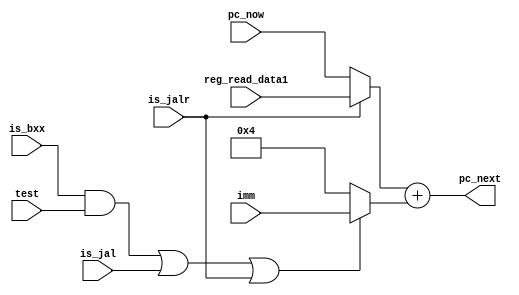
module ssriscv_npc (
    input test,
    input is_jal,
    input is_jalr,
    input is_bxx,
    input [31:0] pc_now,
    input [31:0] imm,
    input [31:0] reg_read_data1,
    output [31:0] pc_next
);
    // jalr  : rs1  +  imm
    // jal   : pc   +  imm
    // bxx(T): pc   +  imm
    // bxx(F): pc   +  4
    // normal: pc   +  4

    wire [31:0] pc_op1, pc_op2;
    assign pc_op1 = is_jalr ? reg_read_data1 : pc_now;
    assign pc_op2 = ((is_bxx & test) | is_jal | is_jalr) ? imm : 4;
    assign pc_next = pc_op1 + pc_op2;

endmodule